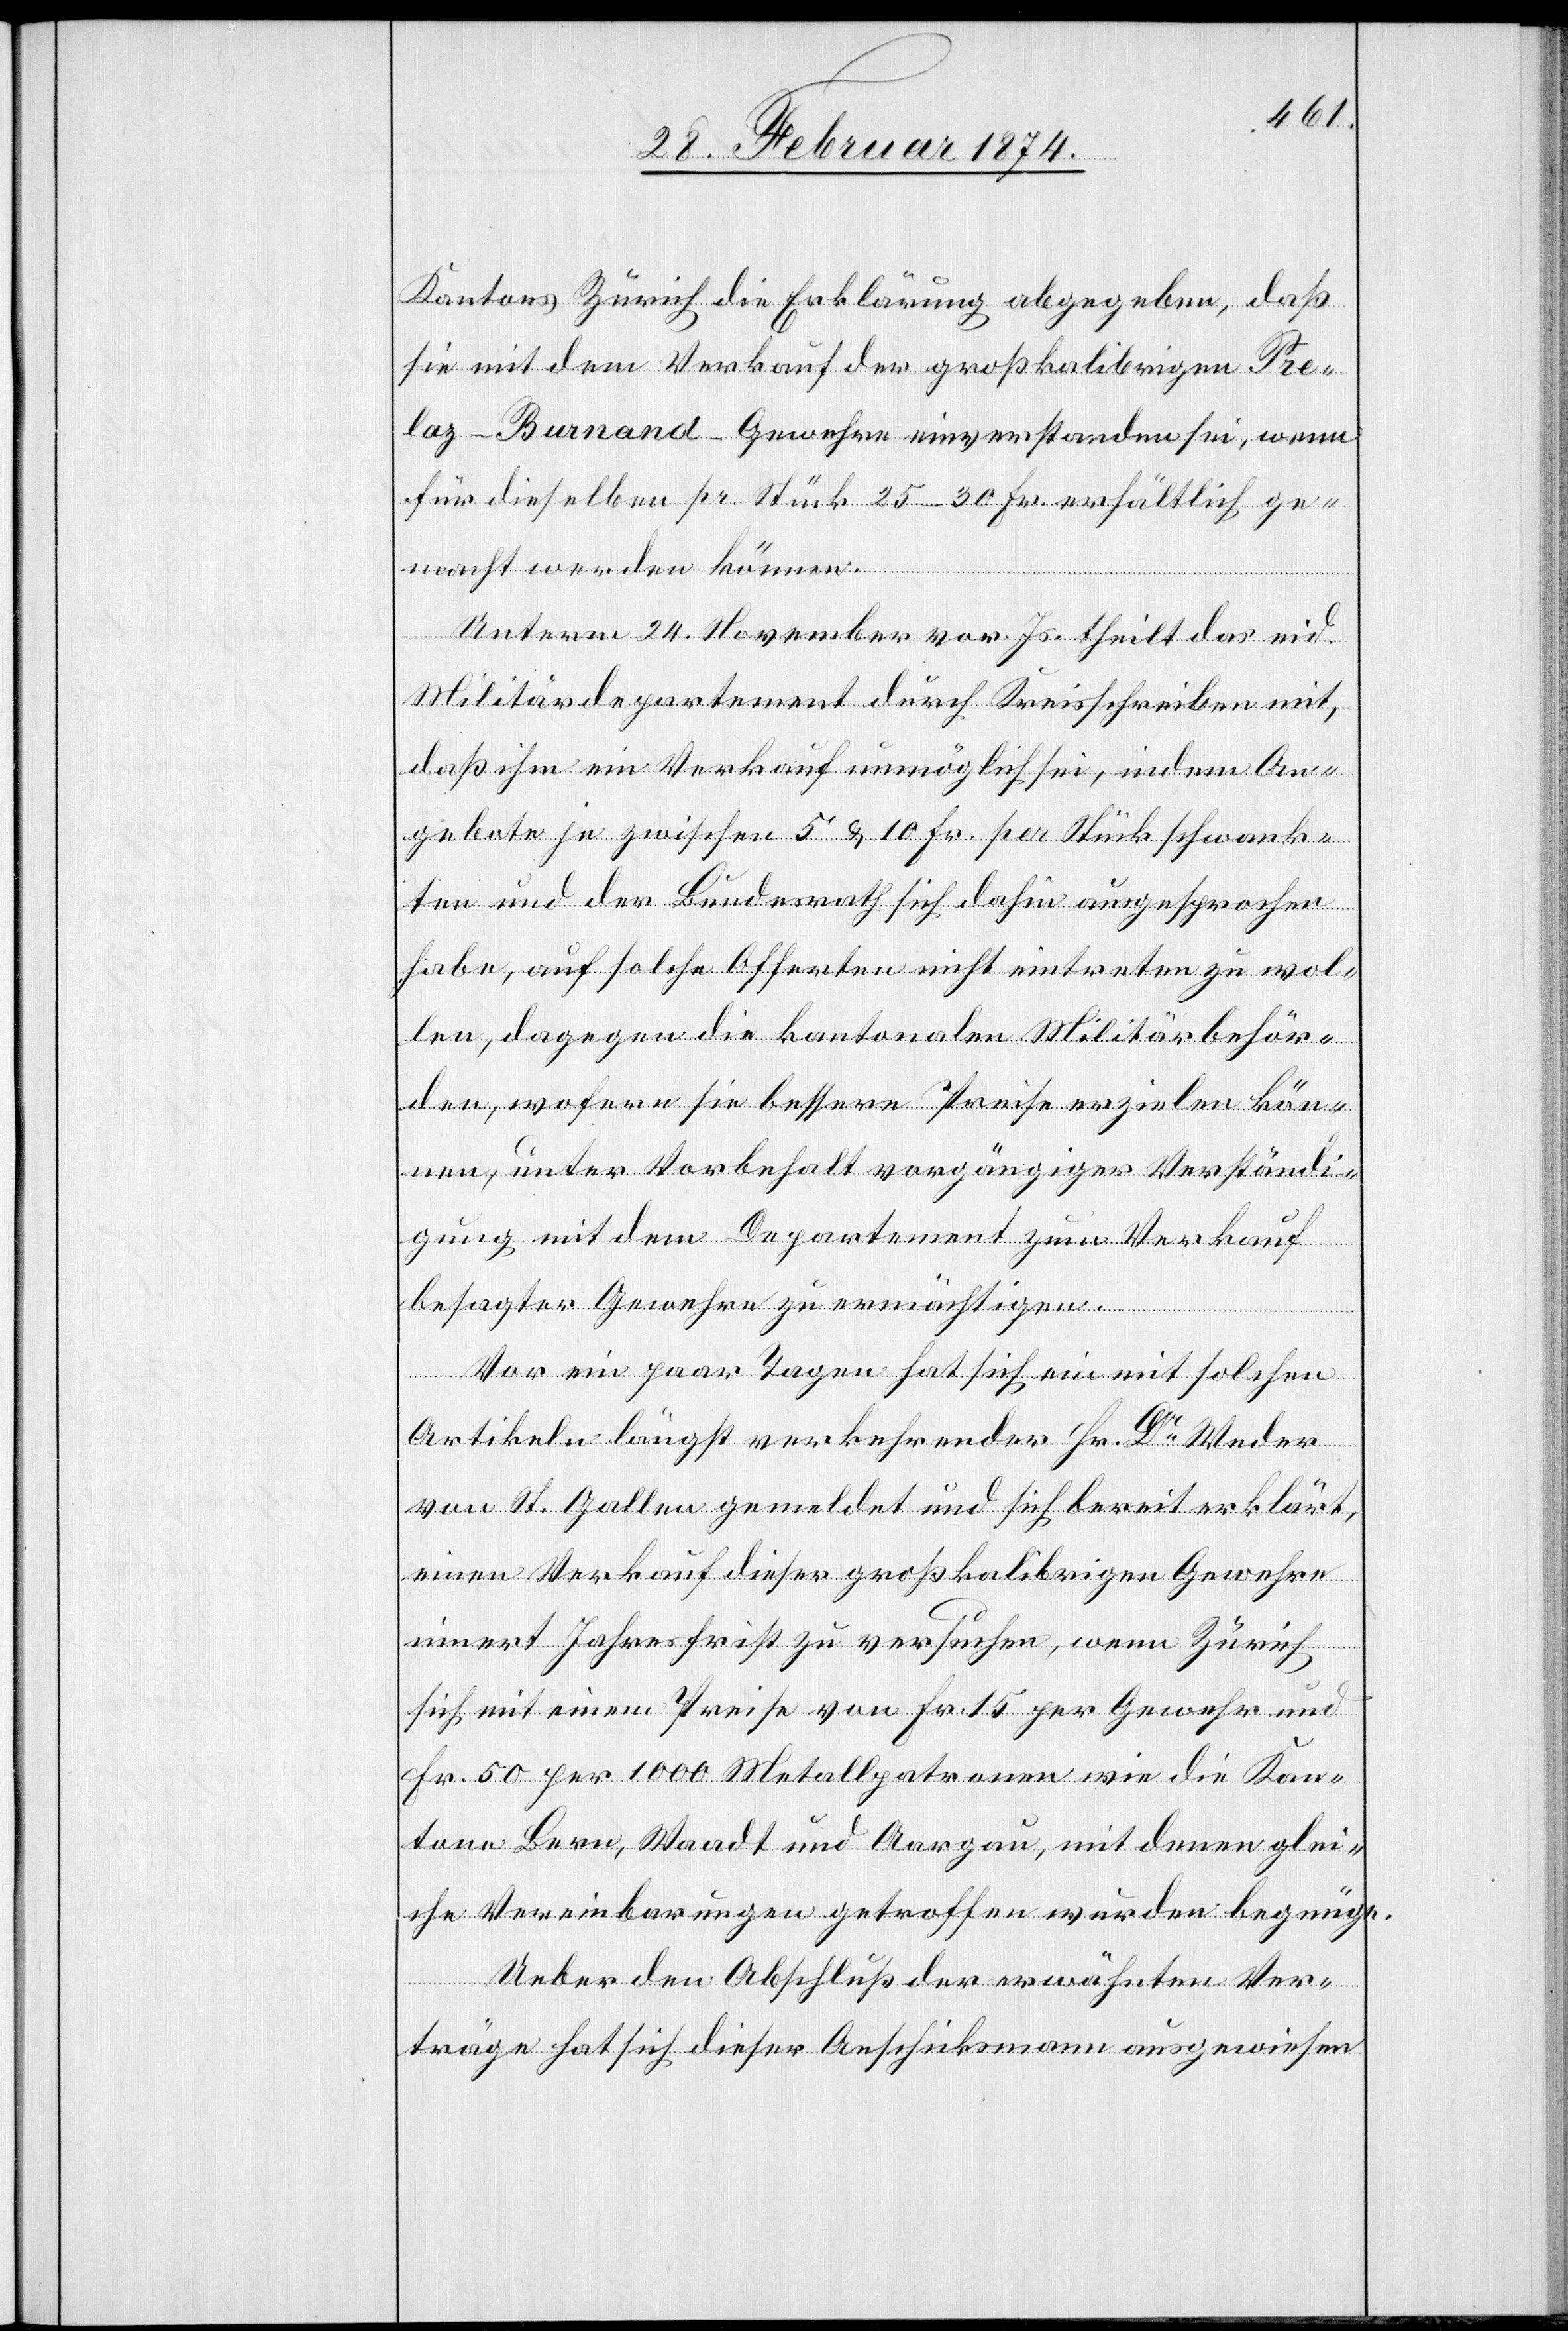
Kantons Zürich die Erklärung abgegeben, daß
sie mit dem Verkauf der großkalibrigen Pre¬
laz-Burnand-Gewehre einverstanden sei, wenn
für dieselben pr. Stück 25–30 Fr. erhältlich ge¬
macht werden können.
Unterm 24. November vor. Js. theilt das eid.
Militärdepartement durch Kreisschreiben mit,
daß ihm ein Verkauf unmöglich sei, indem An¬
gebote je zwischen 5 u. 10 Fr. per Stück schwank¬
ten und der Bundesrath sich dahin ausgesprochen
habe, auf solche Offerten nicht eintreten zu wol¬
len, dagegen die kantonalen Militärbehör¬
den, wofern sie bessere Preise erzielen kön¬
nen, unter Vorbehalt vorgängiger Verständi¬
gung mit dem Departement zum Verkauf
besagter Gewehre zu ermächtigen.
Vor ein paar Tagen hat sich ein mit solchen
Artikeln längst verkehrender Hr. Dr Weder
von St. Gallen gemeldet und sich bereit erklärt,
einen Verkauf dieser großkalibrigen Gewehre
innert Jahresfrist zu versuchen, wenn Zürich
sich mit einem Preise von Fr. 15 per Gewehr und
Fr. 50 per 100 Metallpatronen wie die Kan¬
tone Bern, Waadt und Aargau, mit denen glei¬
che Vereinbarungen getroffen wurden begnüge.
Ueber den Abschluß der erwähnten Ver¬
träge hat sich dieser Anschickmann ausgewiesen